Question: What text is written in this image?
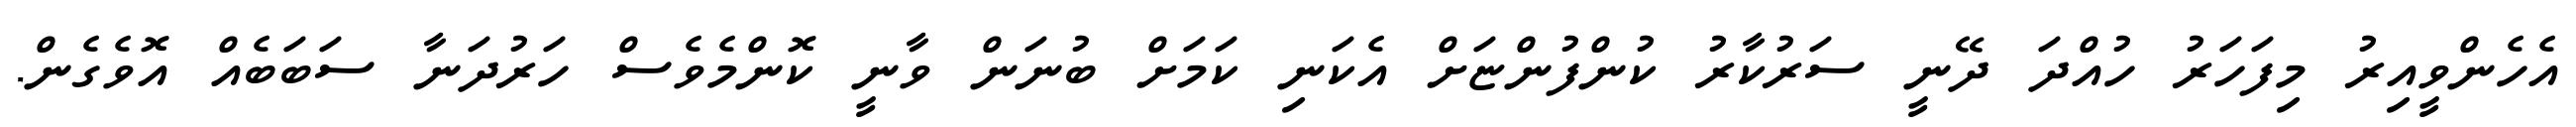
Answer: އެހެންވީއިރު މިފަހަރު ހުއްދަ ދޭނީ ސަރުކާރު ކުންފުންޏަށް އެކަނި ކަމަށް ބުނަން ވާނީ ކޮންމެވެސް ހަރުދަނާ ސަބަބެއް އޮވެގެން.